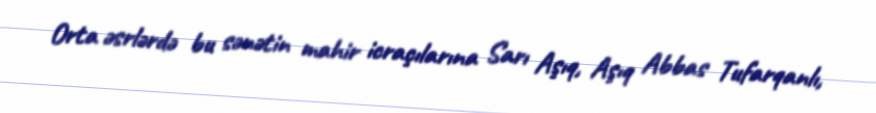
Orta əsrlərdə bu sənətin mahir icraçılarına Sarı Aşıq, Aşıq Abbas Tufarqanlı,